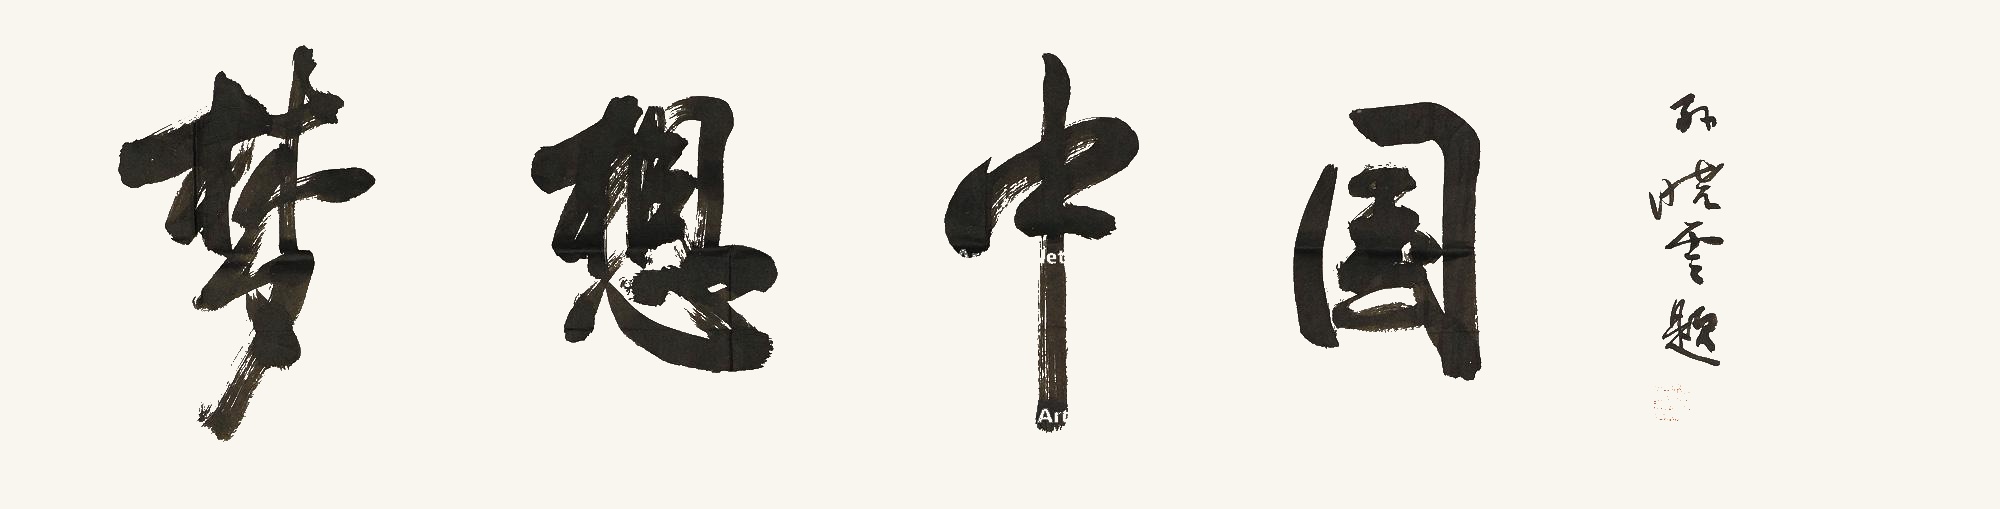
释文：梦想中国孙晓云题。